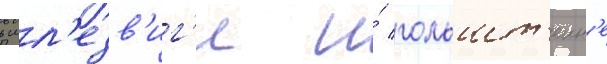
в шл'езв'иг'е и́ гольшт'еин'е